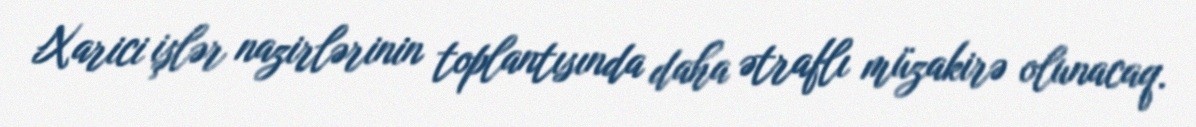
Xarici işlər nazirlərinin toplantısında daha ətraflı müzakirə olunacaq.